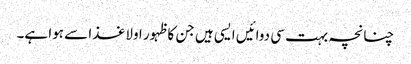
چنانچہ بہت سی دوائیں ایسی ہیں جن کا ظہور اولا غذا سے ہوا ہے۔